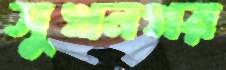
সুখনগর